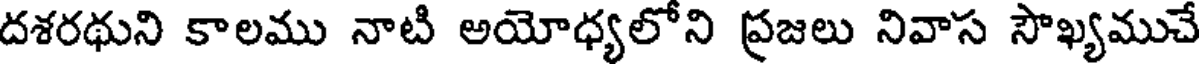
దశరథుని కాలము నాటి అయోధ్యలోని ప్రజలు నివాస సౌఖ్యముచే